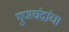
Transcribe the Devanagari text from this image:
गुणचंद्रांचा